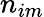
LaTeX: n_{im}